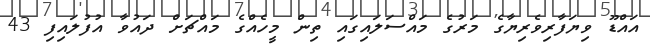
އައްޑޫ ވިޔަފާރިވެރިޔާގެ މަރުގެ މައްސަލައިގައި ތިން މީހެއްގެ މައްޗަށް ދައުވާ އުފުލައިފި 43